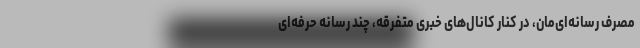
مصرف رسانه‌ای‌مان، در کنار کانال‌های خبری متفرقه، چند رسانه حرفه‌ای